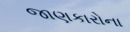
જાણકારોના